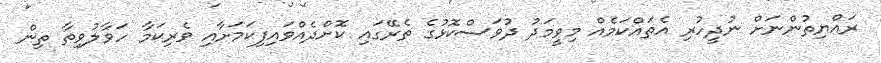
ރައްޔިތުންނަށް ނުދީހުރި އެތައްކަމެއް މިވީމަދު ދުވަސްކޮޅުގެ ތެރޭގައި ކޮށްދެއްވައިފިކަމަށާއި ވެރިކަމާ ހަވާލުވިތާ ތިން